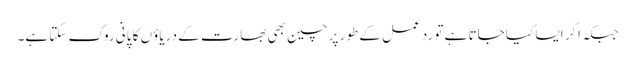
جبکہ اگر ایسا کیا جاتا ہے تو ردعمل کے طور پر چین بھی بھارت کے دریاؤں کا پانی روک سکتا ہے۔